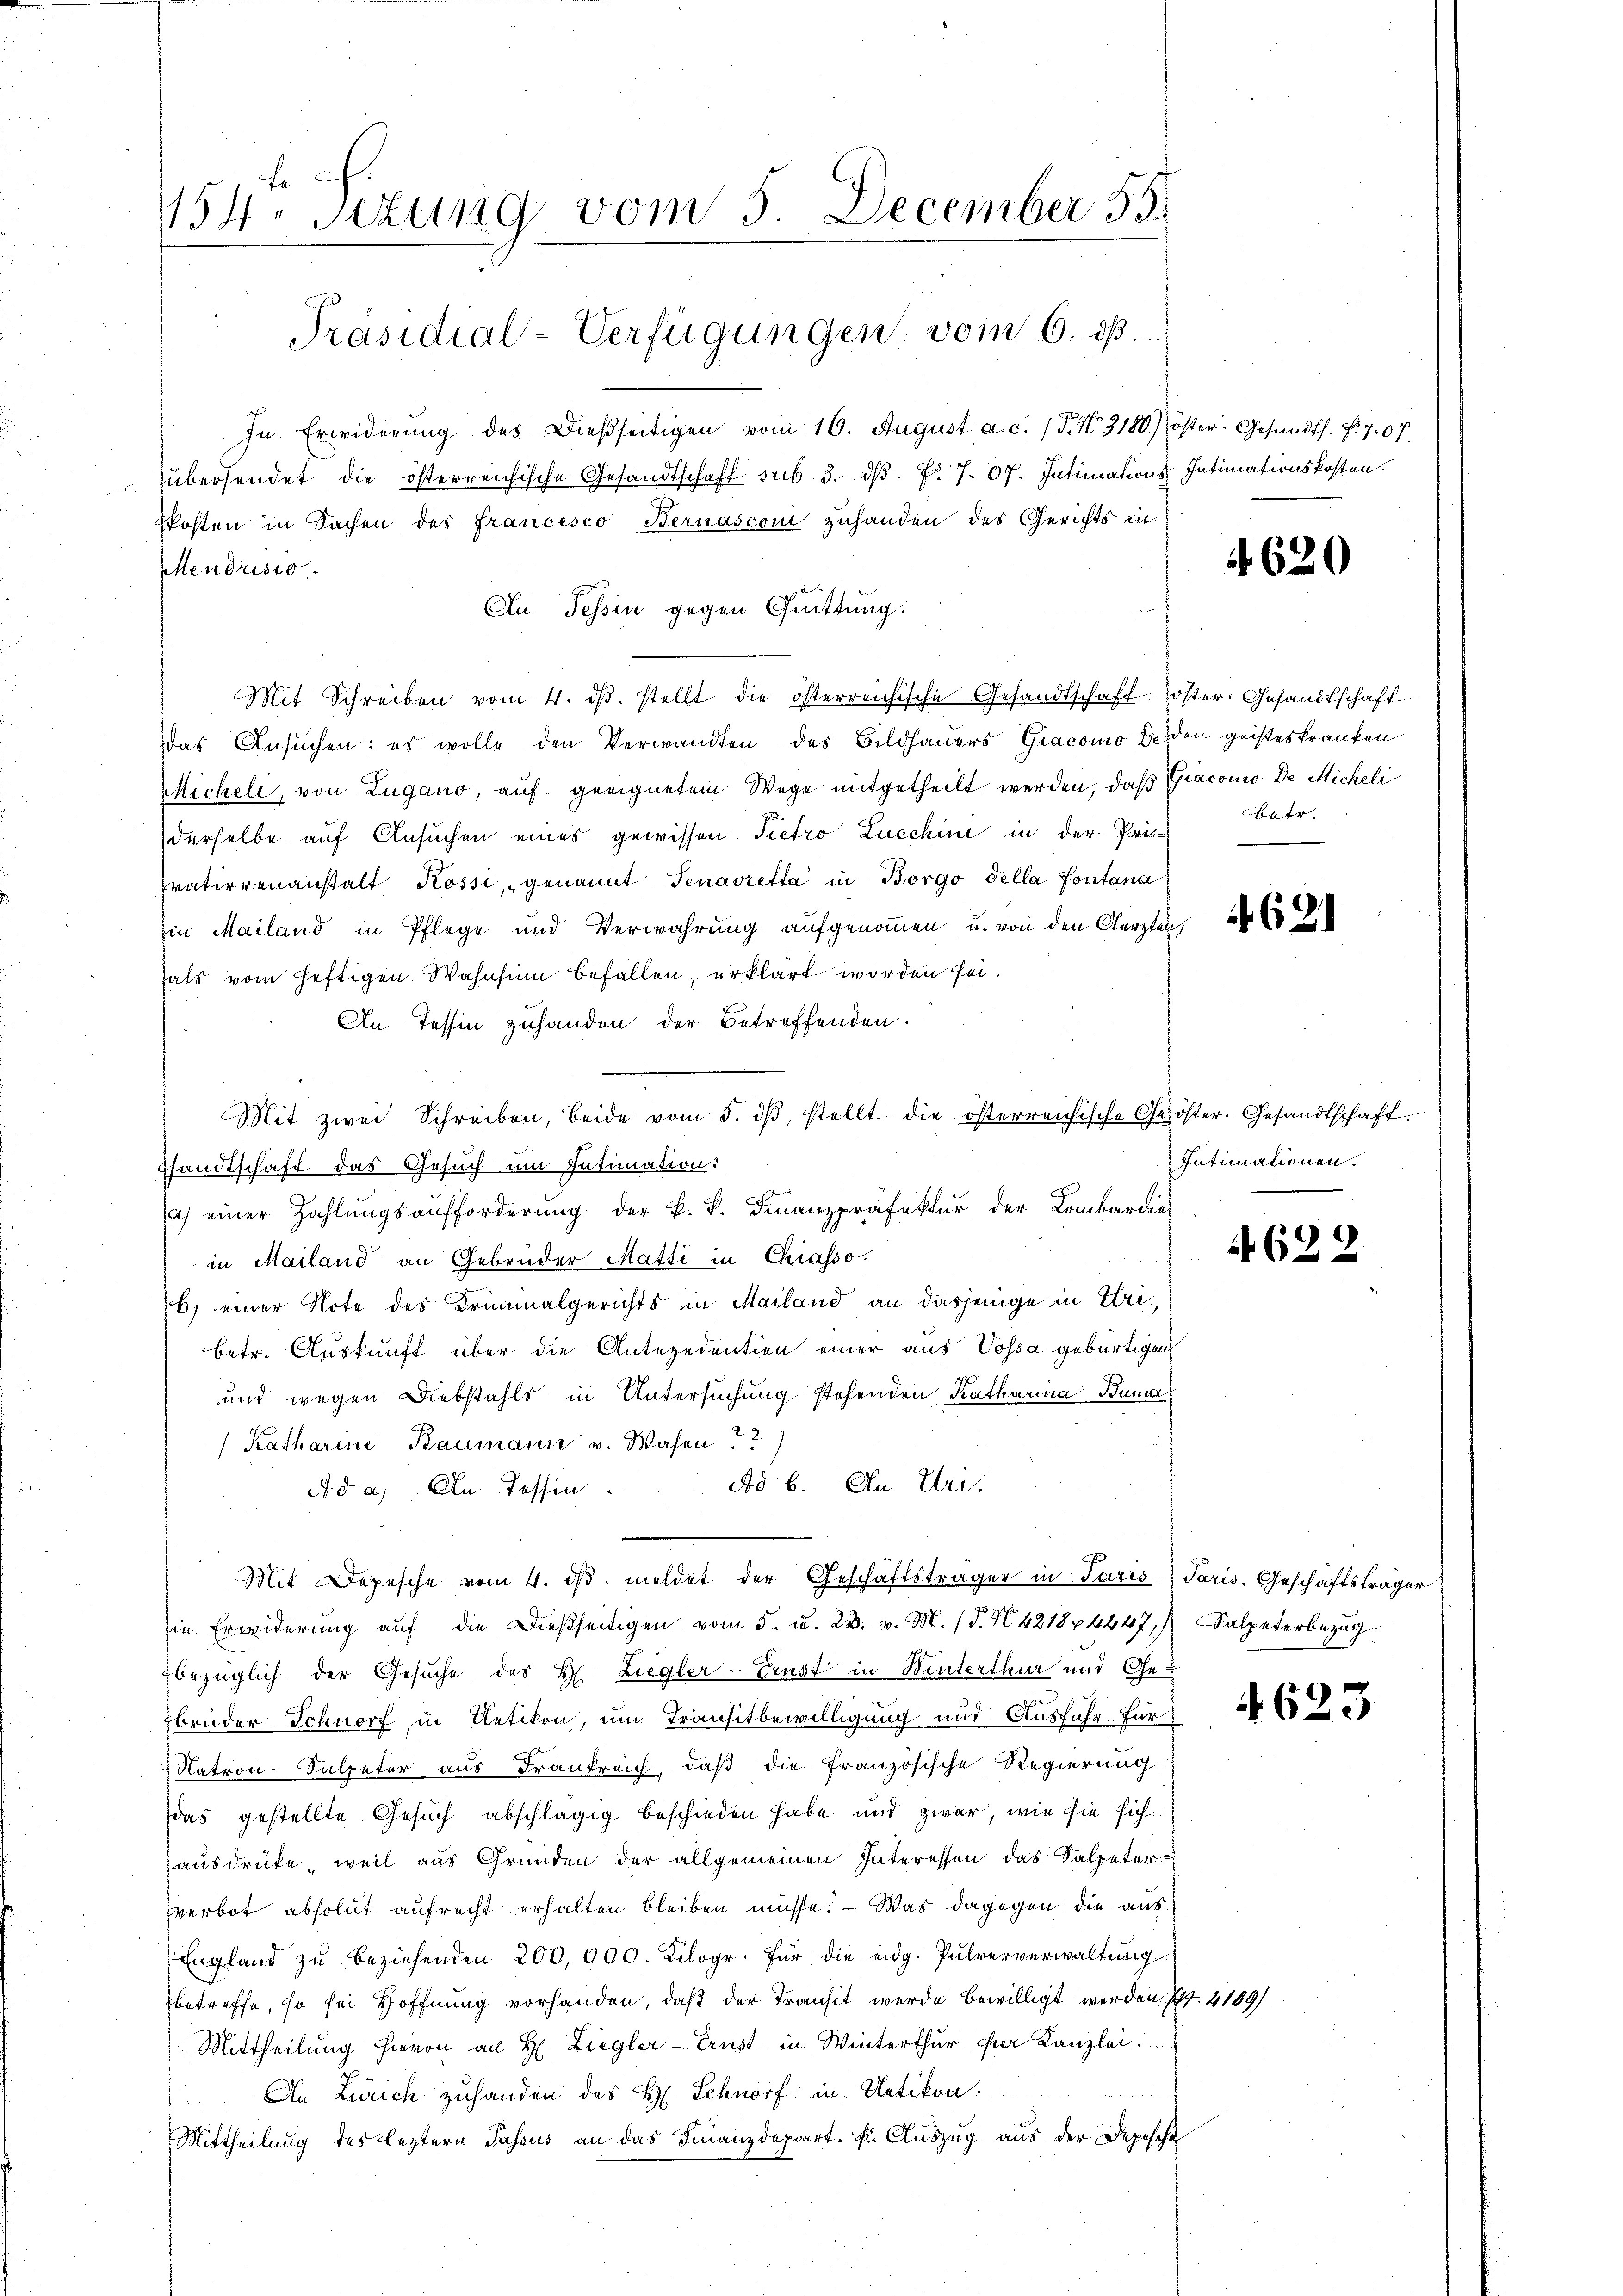
154. Sitzung vom 5. December 55.
Präsidial-Verfügungen vom 6. ds.

Mendrisio

In Erwiderŭng des dießseitigen vom 16. August a.c. (T. N. 3180.) öster. Gesandts. f. 707.
übersendet die österreichische Gesandtschaft sub. 3. dβ. Fr. 7. 67. Intimations Intimationskosten.
Mit Schreiben vom 4. dβ. stellt die österreichische Gesandtschaft öster Gesandtschaft
das Ansuchen: es wolle den Verwandten des Bildhauers Giacomo Leiden geisteskranken
Micheli, von Zugano, auf geeignetem Wege mitgetheilt werden, daß Giacomo De Micheli
derselbe auf Ansuchen eines gewissen Pietro Zuechini in der Pri-
ratierenanstalt Kossi, genannt Tenavietta in Borgo della Pontana
in Mailand in Pflege und Verwahrung aufgenoṁen u. von den Aerzten,
hats vom heftigen Wahnsinn befallen, erklärt worden sei.
In Tessin zuhanden der Betroffenden.
Mit zwei Schreiben, beide vom 5. dβ stellt die österreichische Gesöster. Gesandtschaft.
sandtschaft das Gesuch um Intimation:
a) einer Zahlŭngsaufforderŭng der k. k. Finanzpräfektur der Lombardie
in Mailand an Gebrüder Matti in Chiasso,
b) einer Note des Kriminalgerichts in Mailand an dasjenige in Uribetr. Auskunft über die Antezedentien einer aus Vossa gebürtigen
und wegen Diebstahls in Untersuchung stehenden Katharina Buma
(Katharine Baumann v. Wasen 22
Ad 6. An Uri.
Ad a. An Tessin
Mit Depesche vom 4. dβ meldet der Geschäftsträger in Paris, Paris. Geschäftsträger
in Erwiderŭng aŭf die Dießseitigen vom 5. u. 23. v. M. (T. N. 4218 4247.   Salpeterbezŭg.
bezüglich der Gesŭche der H. Liegler-Ernst in Winterthur und Gebrüder Schnorf, in Uetikon, um Transitbewilligung und Ausführ für
Natron-Salpeter aus Frankreich, daß die französische Regierung
das gestellte Gesuch abschlägig beschieden habe und zwar, wie sie sich
ausdrücke, weil aus Gründen der allgemeinen Interessen das Salpeterverbot absolut aufrecht erhalten bleiben müsse. — Was dagegen die aus
England zŭ beziehenden 200,000. Kilogr. Für die eidg. Pulververwaltung
betreffe, so sei Hoffnung vorhanden, daß der Transit werde bewilligt werden S. 4189/
Mittheilung hievon an H. Ziegler-Ernst in Winterthur für Kanzlei.
An Zürich zuhanden des H. Schnorf in Uetikon.
Mittheilung des leztern Passus an das Finanzdepart. F. Auszug aus der Depesche

Kosten in Sachen des Francesco Bernasconi zuhanden des Gerichts in

Au Tessin gegen Quittung.

4620

betr.

Intimationen.

4622